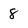
Character: 8